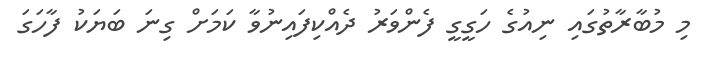
މި މުބާރާތުގައި ނިއުގެ ހަގީގީ ފެންވަރު ދެއްކިފައިނުވާ ކަމަށް ގިނަ ބަޔަކު ފާހަގަ